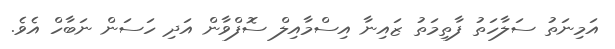
އަމިނަތު ސަލާހަތު ފާތިމަތު ޒައިނާ އިސްމާއިލް ސޮފްވާން އަދި ހަސަން ނަބާހް އެވެ.